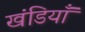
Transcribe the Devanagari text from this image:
खंडियाँ